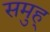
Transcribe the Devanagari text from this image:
समुह्